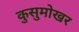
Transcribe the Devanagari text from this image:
कुसुमोखर